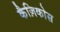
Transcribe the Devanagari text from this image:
कैज़िकोस